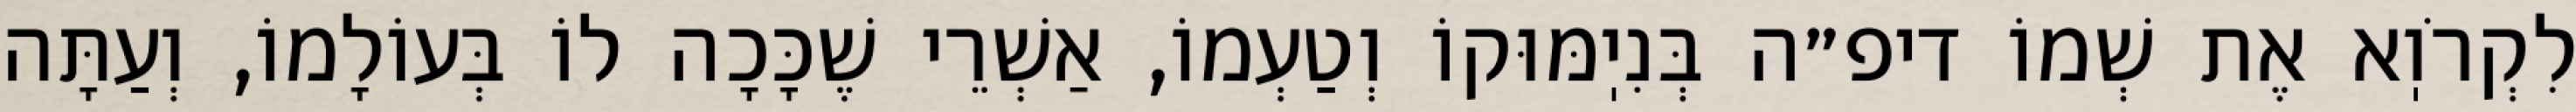
לִקְרֹוֽא אֶת שְׁמוֹ דיפ״ה בְּנִיֽמּוּקוֹ וְטַעְמוֹ, אַשְׁרֵי שֶׁכָּכָה לוֹ בְּעוֹלָמוֹ, וְעַתָּה